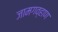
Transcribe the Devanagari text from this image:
जामगव्हाण